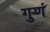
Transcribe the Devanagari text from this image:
गुणं